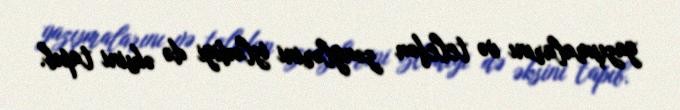
yazışmalarını və telefon zənglərini izlədiyi də əksini tapıb.